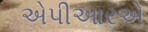
એપીઆરએ